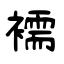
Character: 襦